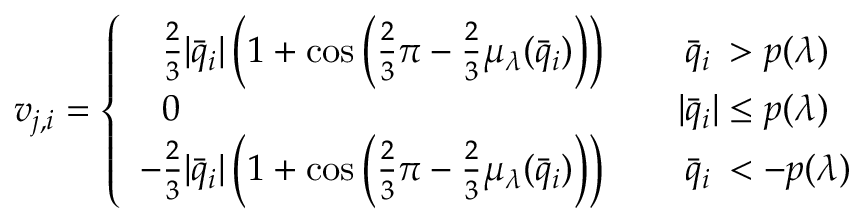
\begin{array} { r } { v _ { j , i } = \left\{ \begin{array} { l l } { \phantom { - } \frac 2 3 | \bar { q } _ { i } | \left( 1 + \cos \left( \frac 2 3 \pi - \frac 2 3 \mu _ { \lambda } ( \bar { q } _ { i } ) \right) \right) } & { \quad \phantom { | } \bar { q } _ { i } \phantom { | } > p ( \lambda ) } \\ { \phantom { - } 0 } & { \quad | \bar { q } _ { i } | \leq p ( \lambda ) } \\ { - \frac 2 3 | \bar { q } _ { i } | \left( 1 + \cos \left( \frac 2 3 \pi - \frac 2 3 \mu _ { \lambda } ( \bar { q } _ { i } ) \right) \right) } & { \quad \phantom { | } \bar { q } _ { i } \phantom { | } < - p ( \lambda ) } \end{array} \right. } \end{array}